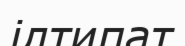
ілтипат